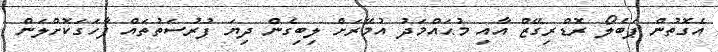
އެގޮތުން ޕަބެލޯ ރޮޑްރިގޭޒް އާއި މުޙައްމަދު އުމޭރަށް ލިބިގެން ދިޔަ ފުރުސަތުތައް ފާހަގަކޮށްލަން